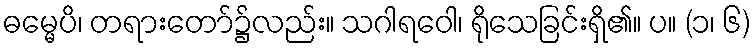
ဓမ္မေပိ၊ တရားတော်၌လည်း။ သဂါရဝေါ၊ ရိုသေခြင်းရှိ၏။ ပ။ (၁၊ ၆)